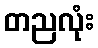
တညလုံး